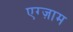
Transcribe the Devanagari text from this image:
एग्ज़ाम